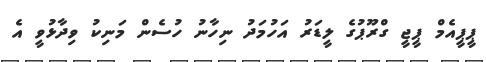
ޕީޕީއެމް ޕީޖީ ގްރޫޕުގެ ލީޑަރު އަހުމަދު ނިހާނު ހުސެން މަނިކު ވިދާޅުވީ އެ